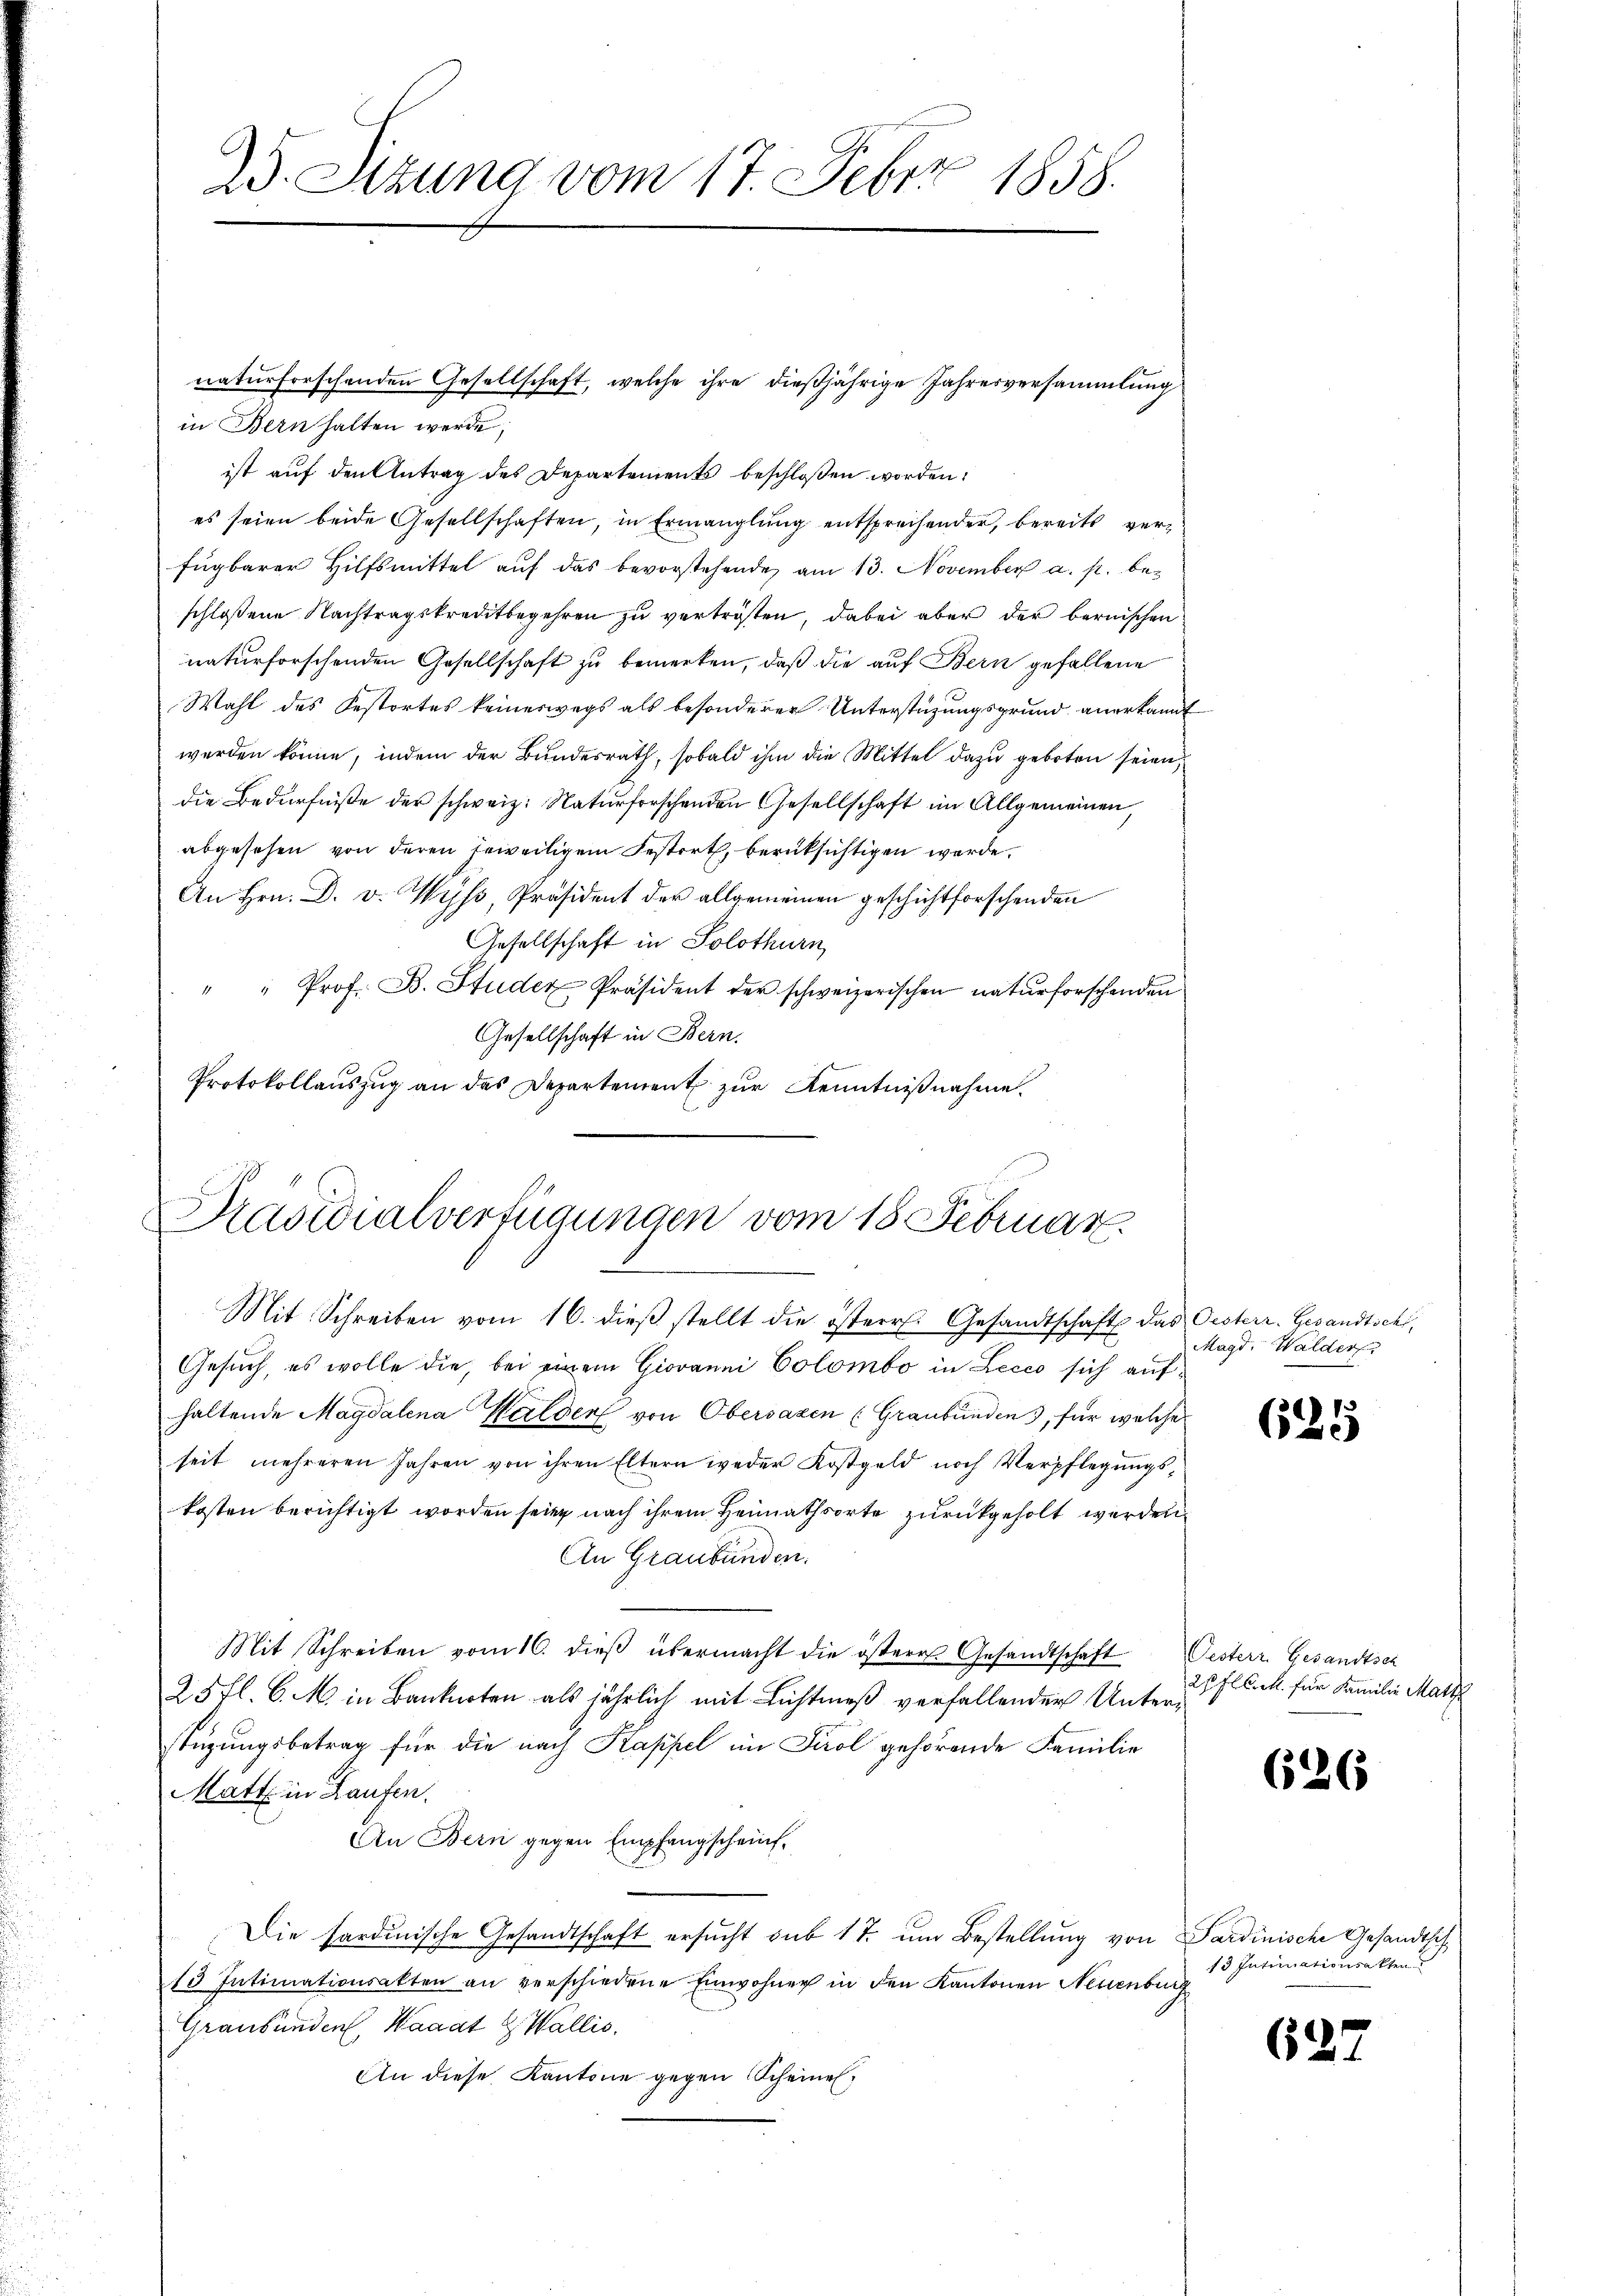
in Bern halten werde;
ist auf den Antrag des Departements beschloßen worden:
es seien beide Gesellschaften, in Ermanglung entsprechender, bereits verfügbarer Hilfsmittel auf das bevorstehende am 13. November a. p. beschloßene Nachtragskreditbegehren zu vertrösten, dabei aber der bernischen
naturforschenden Gesellschaft zu bemerken, daß die auf Bern gefallene
Wahl des Festortes keineswegs als besonderer Unterstützungsgrund anerkannt
werden könne, indem der Bundesrath, sobald ihm die Mittel dazu geboten seien,
die Bedürfniße der schweiz. Naturforschenden Gesellschaft im Allgemeinen,
abgesehen von deren jeweiligem Festert, berüksichtigen werde.
An Hrn. D. v. Wyss, Präsident der allgemeinen geschichtforschenden
Gesellschaft in Solothurn,
" " Prof. B. Studer Präsident der schweizerischen naturforschenden
Gesellschaft in Bern.
Protokollauszug an das Departement zur Kenntnißnahme.

25. Sizung vom 17. Feber 1858.

naturforschenden Gesellschaft, welche ihre dießjährige Jahresversammlung

Präsidialverfügungen vom 18 Februar.

Mit Schreiben vom 16. dieβ stellt die österr. Gesandtschaft das Oesterr. Gesandtscht,
Gesuch, es wolle die, bei einem Giovanni Colombo in Lecco sich aufhaltende Magdalena Halden von Obersazen (Graubünden, für welche
seit mehreren Jahren von ihren Eltern weder Kostgeld noch Verpflegungskosten berichtigt worden seien nach ihrem Heimathsorte zurückgeholt werden
An Graubünden.
Mit Schreiben vom 16. dieβ übermacht die östere Gesandtschaft Oesterr. Gesandtsch
25 fl. 6. M. in Banknoten als jährlich mit Lichtmeß verfallender Unterstüzungsbetrag für die nach Kappel im Tirol gehörende Familie
Matt. in Laufen.
An Bern gegen Empfangscheint.
Die Sardinische Gesandtschaft ersucht sub 17. um Bestellung von Sardinische Gesandtsch¬
13 Intimationsakten an verschiedene Einwohner in den Kantonen Neuenburg
Graubünden Haaat & Wallis,
An diese Kantone gegen Scheine

Magd. Walder

625

27 Flick. für Familie Matt

626

13 Intimationsakten

627